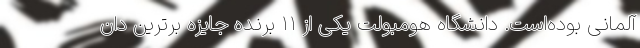
آلمانی بوده‌است. دانشگاه هومبولت یکی از ۱۱ برنده جایزه برترین دان